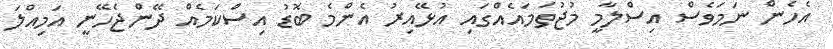
އެހެން ނަމަވެސް އިސްލާމީ މުޖުތަމައެއްގައި އުޅޭއިރު އެންމެ ބޮޑު އިސްކަމެއް ދޭންޖެހޭނީ އަމިއްލަ